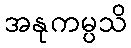
အနုကမ္ပသိ